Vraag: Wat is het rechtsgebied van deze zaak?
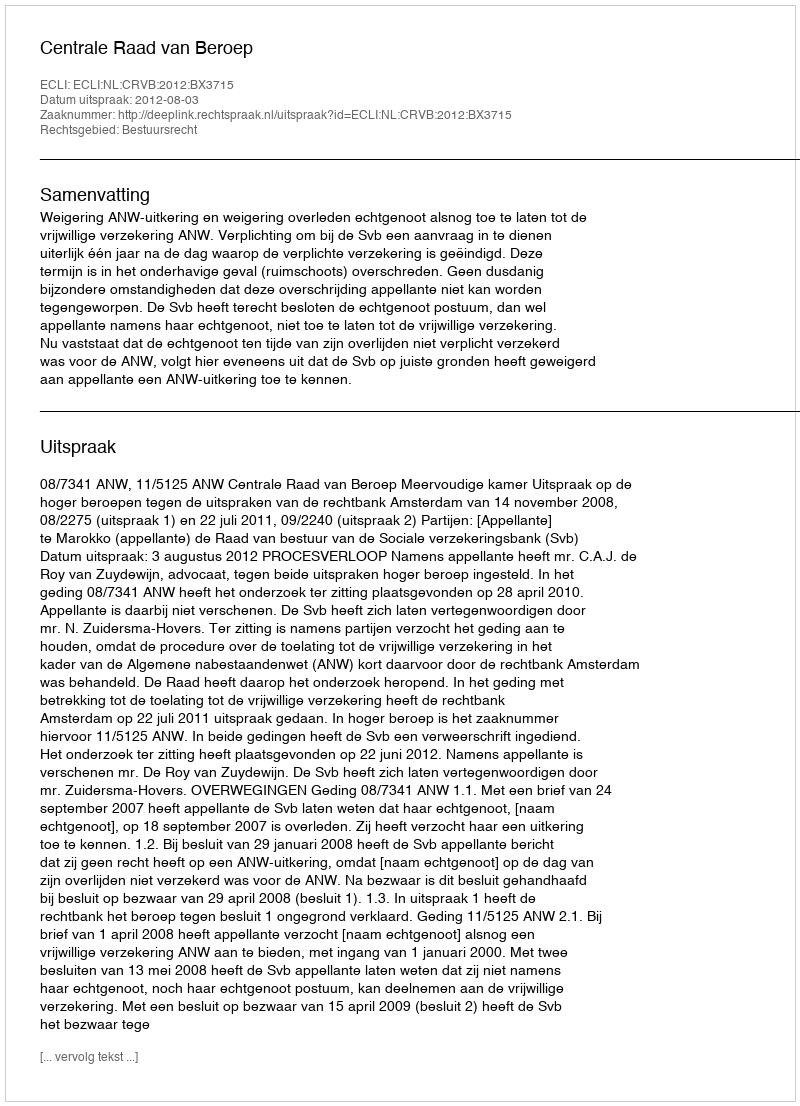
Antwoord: Bestuursrecht